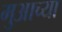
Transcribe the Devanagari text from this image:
मुआच्या